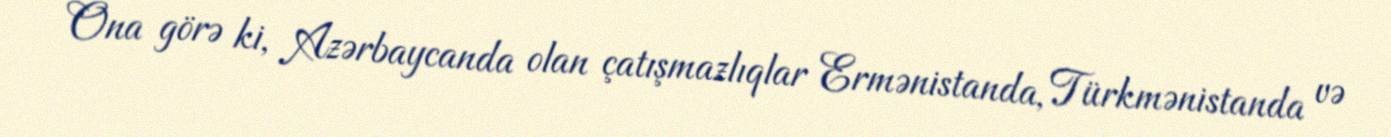
Ona görə ki, Azərbaycanda olan çatışmazlıqlar Ermənistanda, Türkmənistanda və